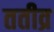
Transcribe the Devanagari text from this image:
ततीव्र